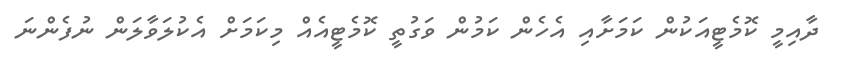
ދާއިމީ ކޮމެޓީއަކުން ކަމަށާއި އެހެން ކަމުން ވަގުތީ ކޮމެޓީއެއް މިކަމަށް އެކުލަވާލަން ނުފެންނަ